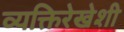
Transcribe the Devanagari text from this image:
व्यक्तिरेखेशी